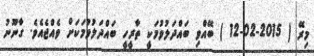
މިރޭ ( 2015-02-12 ) ބޭއްވި ބައްދަލުވުމަކީ ތާރީހީ ބައްދަލުވުމަކަށް ވެއްޖެއެވެ. ގާނޫނު